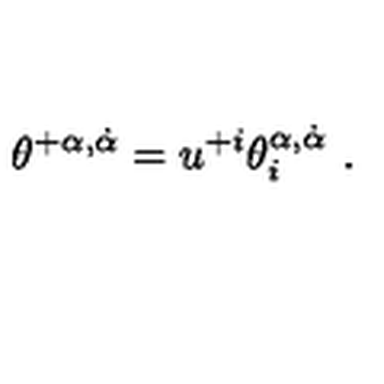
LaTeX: \theta ^ { + \alpha , \dot { \alpha } } = u ^ { + i } \theta _ { i } ^ { \alpha , \dot { \alpha } } \ .